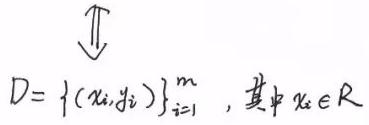
$D=\{(x_i,y_i)\}_{i = 1}^m\ ,$其中$x_i\in\mathbb{R}$